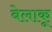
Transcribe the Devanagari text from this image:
बेलाकू